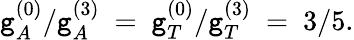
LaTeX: \mathtt{g}_{A}^{(0)}/\mathtt{g}_{A}^{(3)}\ =\ \mathtt{g}_{T}^{(0)}/\mathtt{g}_{T}^{(3)}\ =\ 3/5.